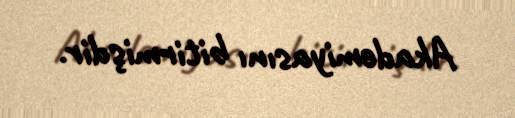
Akademiyasını bitirmişdir.